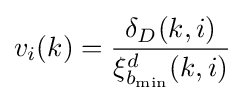
v_{i}(k)={\frac {\delta _{D}(k,i)}{\xi _{b_{\min }}^{d}(k,i)}}